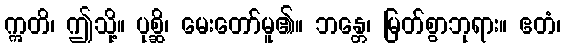
ဣတိ၊ ဤသို့။ ပုစ္ဆိ၊ မေးတော်မူ၏။ ဘန္တေ၊ မြတ်စွာဘုရား။ ဧတံ၊